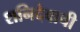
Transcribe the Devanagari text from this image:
शनिदेवाची